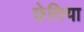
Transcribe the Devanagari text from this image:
छेतिया